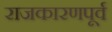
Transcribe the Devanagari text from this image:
राजकारणपूर्व